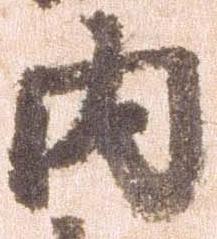
内